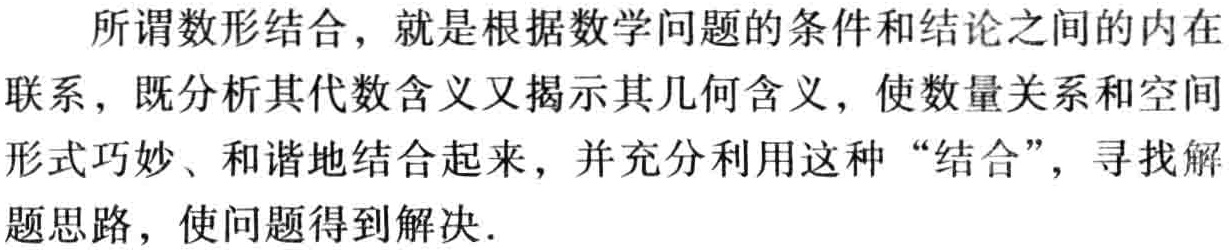
所谓数形结合，就是根据数学问题的条件和结论之间的内在联系，既分析其代数含义又揭示其几何含义，使数量关系和空间形式巧妙、和谐地结合起来，并充分利用这种“结合”，寻找解题思路，使问题得到解决.